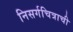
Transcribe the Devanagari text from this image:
निसर्गचित्राची